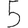
Digit: 5